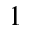
^ 1